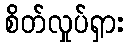
စိတ်လှုပ်ရှား